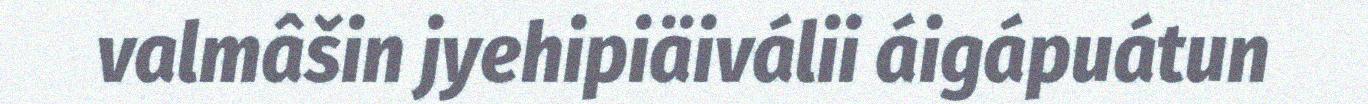
valmâšin jyehipiäiválii áigápuátun